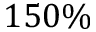
1 5 0 \%